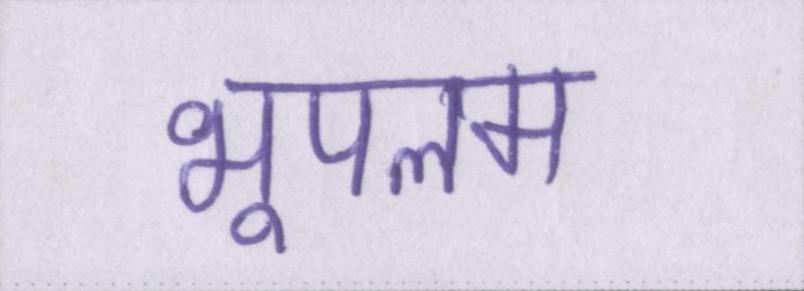
भूपलम